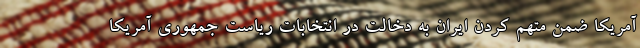
آمریکا ضمن متهم کردن ایران به دخالت در انتخابات ریاست جمهوری آمریکا